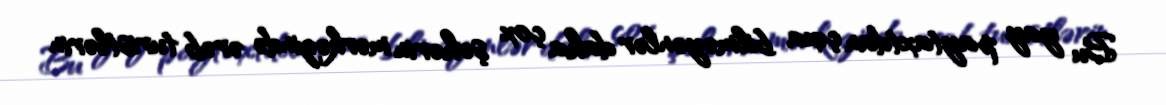
Bu yay paytaxtdan çıxa bilməyənlər daha çox şəhərin mərkəzində ərəb turistlərin